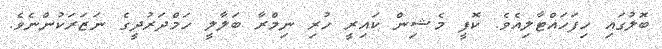
ބޮލުގައި ހިފަހައްޓާލިއެވެ. ކޮފީ މެޝިން ކައިރީ ހުރި ނިމްރާ ބަލާލީ ހަމްދަރުދީގެ ނަޒަރަކުންނެވެ.